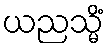
ယညသ္မိံ